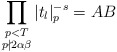
\begin{align*} \prod_{{\substack{p<T \\ p\nmid 2\alpha\beta}}}|t_l|^{-s}_p = AB\end{align*}